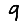
Digit: 9